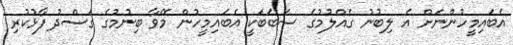
އެބައިމީހުންނަށް އެ ލިބުނު ގެއްލުމުގެ ސަބަބަކީ އެބައިމީހުން މޭވާ ބިނުމުގެ ގަސްދު ފާޅުކުރި